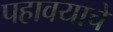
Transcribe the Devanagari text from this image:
पहावयाचे